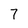
Character: 7